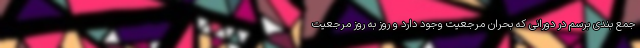
جمع بندی برسم در دورانی که بحران مرجعیت وجود دارد و روز به روز مرجعیت